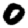
Digit: 0